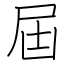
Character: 屆